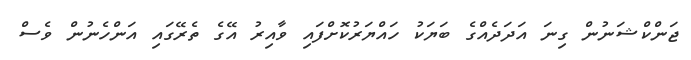
ޖަންކްޝަނުން ގިނަ އަދަދެއްގެ ބަޔަކު ހައްޔަރުކޮށްފައި ވާއިރު އޭގެ ތެރޭގައި އަންހެނުން ވެސް